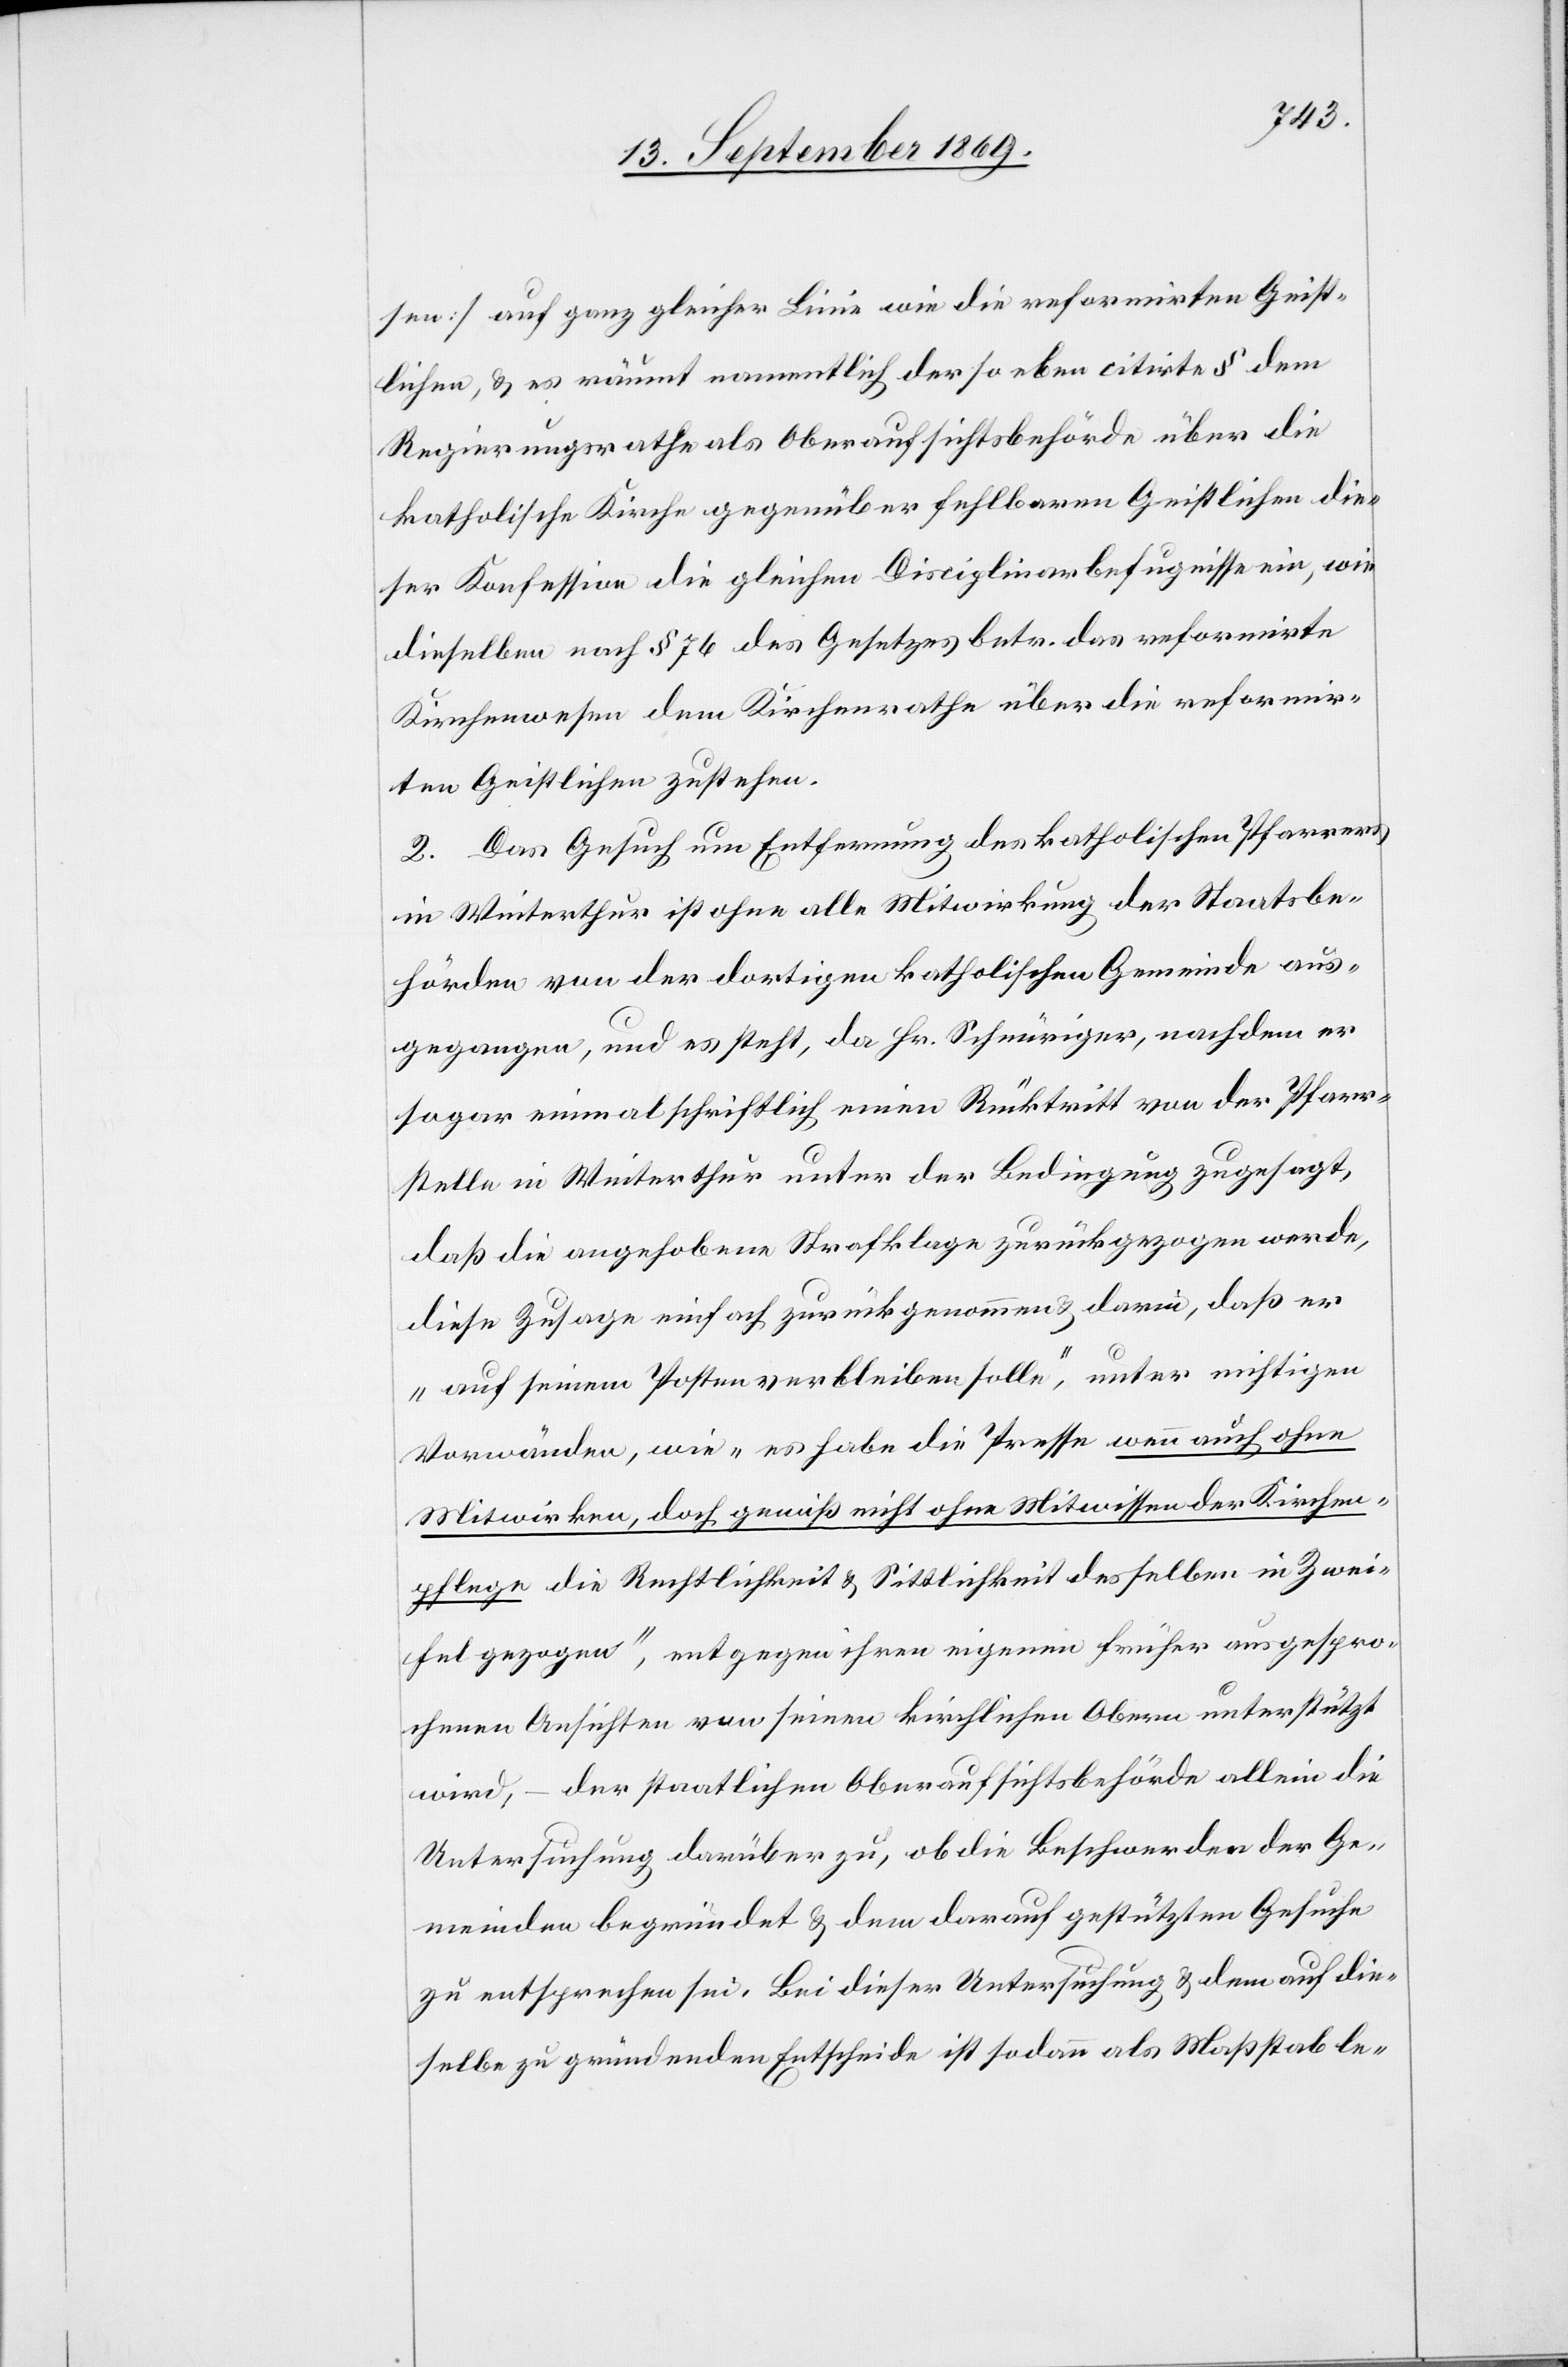
sen] auf ganz gleicher Linie wie die reformirten Geist¬
lichen, & es räumt namentlich der soeben citirte § dem
Regierungsrathe als Oberaufsichtsbehörde über die
katholische Kirche gegenüber fehlbaren Geistlichen die¬
ser Konfession die gleichen Disciplinarbefugnisse ein, wie
dieselben nach § 76 des Gesetzes betr. das reformirte
Kirchenwesen dem Kirchenrathe über die reformir¬
ten Geistlichen zustehen.
2. Das Gesuch um Entfernung des katholischen Pfarrers
in Winterthur ist ohne alle Mitwirkung der Staatsbe¬
hörden von der dortigen katholischen Gemeinde aus¬
gegangen, und es steht, da Hr. Schnüriger, nachdem er
sogar einmal schriftlich einen Rücktritt von der Pfarr¬
stelle in Winterthur unter der Bedingung zugesagt,
daß die angehobene Strafklage zurückgezogen werde,
diese Zusage einfach zurückgenommen & darin, daß er
„auf seinem Posten verbleiben solle“, unter nichtigen
Vorwänden, wie „es habe die Presse wenn auch ohne
Mitwirken, doch gewiß nicht ohne Mitwissen der Kirchen¬
pflege die Rechtlichkeit & Sittlichkeit desselben in Zwei¬
fel gezogen“, entgegen ihren eigenen früher ausgespro¬
chenen Ansichten von seinen kirchlichen Obern unterstützt
wird, – der staatlichen Oberaufsichtsbehörde allein die
Untersuchung darüber zu, ob die Beschwerden der Ge¬
meinden begründet & dem darauf gestützten Gesuche
zu entsprechen sei. Bei dieser Untersuchung & dem auf die¬
selbe zu gründenden Entscheide ist sodann als Maßstab le-